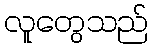
လူတွေသည်